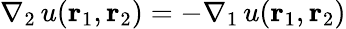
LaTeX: \nabla_{2}\, u({\mathbf{r}_{1}},{\mathbf{r}_{2}})=-\nabla_{1}\, u({\mathbf{r}_{1}},{\mathbf{r}_{2}})